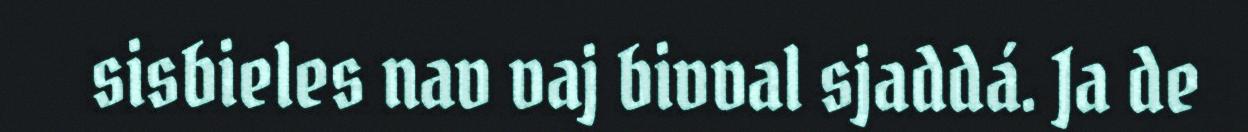
sisbieles nav vaj bivval sjaddá. Ja de